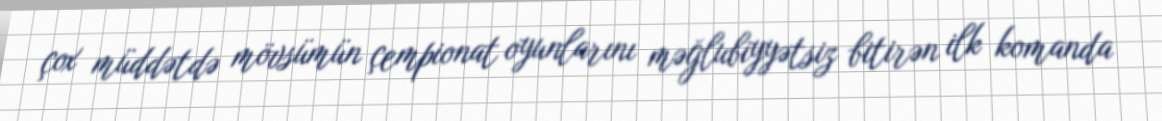
çox müddətdə mövsümün çempionat oyunlarını məğlubiyyətsiz bitirən ilk komanda